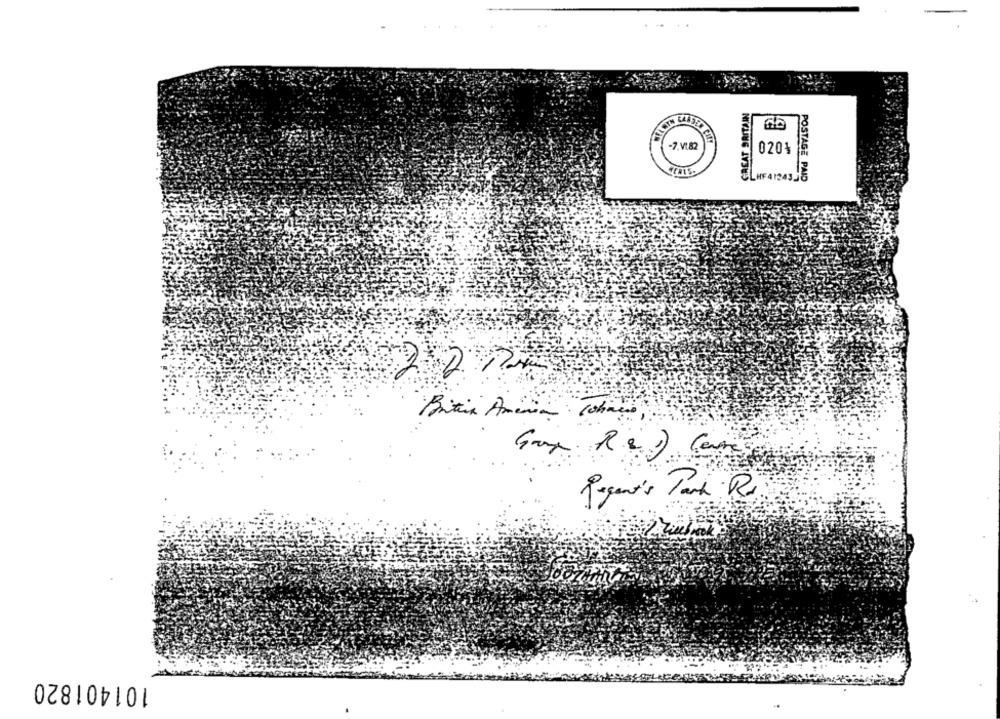
GREAT BRITAIN
-7.V1.82
0201
POSTAGE PAID
Britin America (ohne
101401820